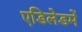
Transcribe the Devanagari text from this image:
एडिलेडमें